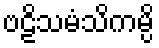
ဗဠိသမံသိကမ္ပိ